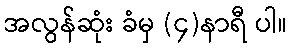
အလွန်ဆုံး ခံမှ (၄)နာရီ ပါ။